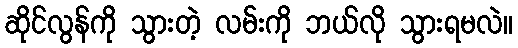
ဆိုင်လွန်ကို သွားတဲ့ လမ်းကို ဘယ်လို သွားရမလဲ။